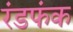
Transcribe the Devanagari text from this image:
रंडफंक